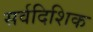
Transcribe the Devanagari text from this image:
सर्वदिशिक